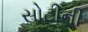
સોટીની